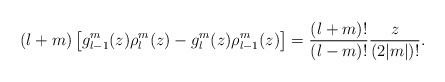
\begin{align*}(l+m)\left[g_{l-1}^m(z)\rho_l^m(z)-g_l^m(z)\rho_{l-1}^m(z)\right]=\frac{(l+m)!}{(l-m)!}\frac{z}{(2|m|)!}.\end{align*}